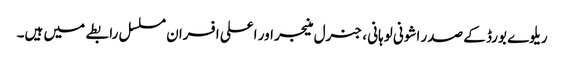
ریلوے بورڈ کے صدر اشونی لوہانی ، جنرل منیجر اور اعلی افسران مسلسل رابطے میں ہیں۔